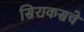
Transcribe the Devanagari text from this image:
सिराकसचे